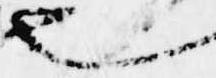
也